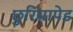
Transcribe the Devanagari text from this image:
छुरियापेड